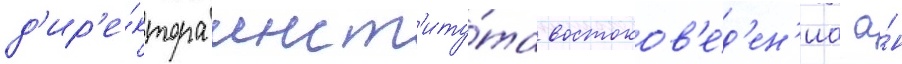
д'ир'е́ктора инст'иту́та востоков'е́д'ен'иа а́н